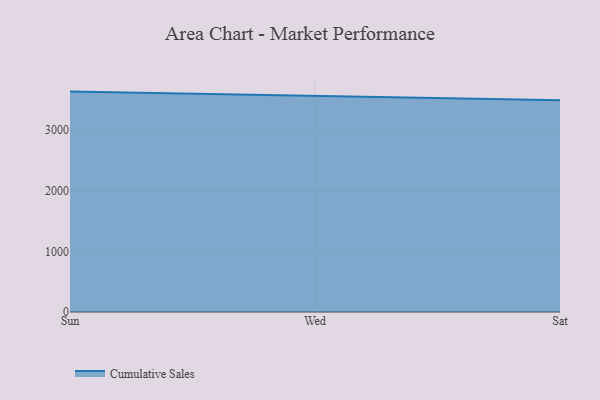
{"axis": {"x": "Day", "y": "Conversion Rate (%)"}, "legend": ["Cumulative Sales"], "data": [{"x": "Sun", "y": 3637.0, "type": "Cumulative Sales"}, {"x": "Wed", "y": 3564.6, "type": "Cumulative Sales"}, {"x": "Sat", "y": 3494.3, "type": "Cumulative Sales"}]}